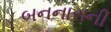
બનનારાની